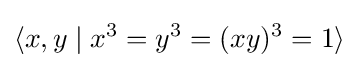
\langle x,y\mid x^{3}=y^{3}=(xy)^{3}=1\rangle